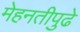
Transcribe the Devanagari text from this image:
मेहनतीपुढे